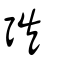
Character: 矤